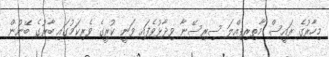
މިހާރުގެ ރައީސް މާތިރިޕިއްލަ ސިރިސޭނާ ވިދާޅުވެފައި ވަނީ ކުރީގެ ވެރިކަމުގައި ބާރުގެ ބޭނުން